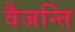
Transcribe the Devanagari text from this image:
वैजन्ति